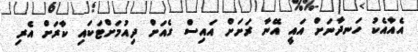
އެއާއެކު ހަނދާނަށް އައީ އޭނާ ރަށަށް އައިސް ގެއަށް ދިއުމަށްޓަކައި ކާރަށް އެރި